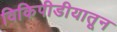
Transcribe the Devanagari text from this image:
विकिपीडीयातून